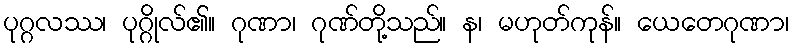
ပုဂ္ဂလဿ၊ ပုဂ္ဂိုလ်၏။ ဂုဏာ၊ ဂုဏ်တို့သည်။ န၊ မဟုတ်ကုန်။ ယေတေဂုဏာ၊